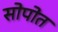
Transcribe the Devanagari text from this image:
सोपोत